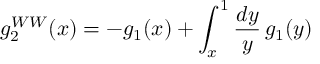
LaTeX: g _ { 2 } ^ { W W } ( x ) = - g _ { 1 } ( x ) + \int _ { x } ^ { 1 } \frac { d y } { y } \, g _ { 1 } ( y )